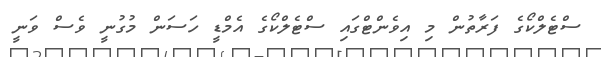
ސްޓެލްކޯގެ ފަރާތުން މި އިވެންޓްގައި ސްޓެލްކޯގެ އެމްޑީ ހަސަން މުގުނީ ވެސް ވަނީ